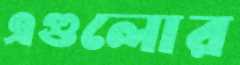
এগুলোর